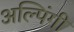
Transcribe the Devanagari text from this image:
अल्पिंगी